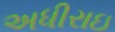
અધીરાઇ